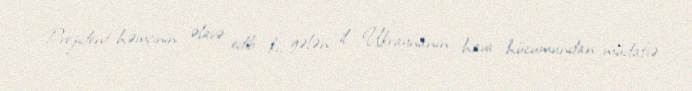
Prezident həmçinin əlavə edib ki, gələn il Ukraynanın hava hücumundan müdafiə